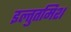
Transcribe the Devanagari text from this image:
इल्‍तुतमिश